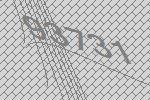
93731